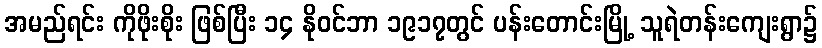
အမည်ရင်း ကိုဖိုးစိုး ဖြစ်ပြီး ၁၄ နိုဝင်ဘာ ၁၉၁၇တွင် ပန်းတောင်းမြို့ သူရဲတန်းကျေးရွာ၌